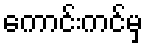
ကောင်းကင်မှ